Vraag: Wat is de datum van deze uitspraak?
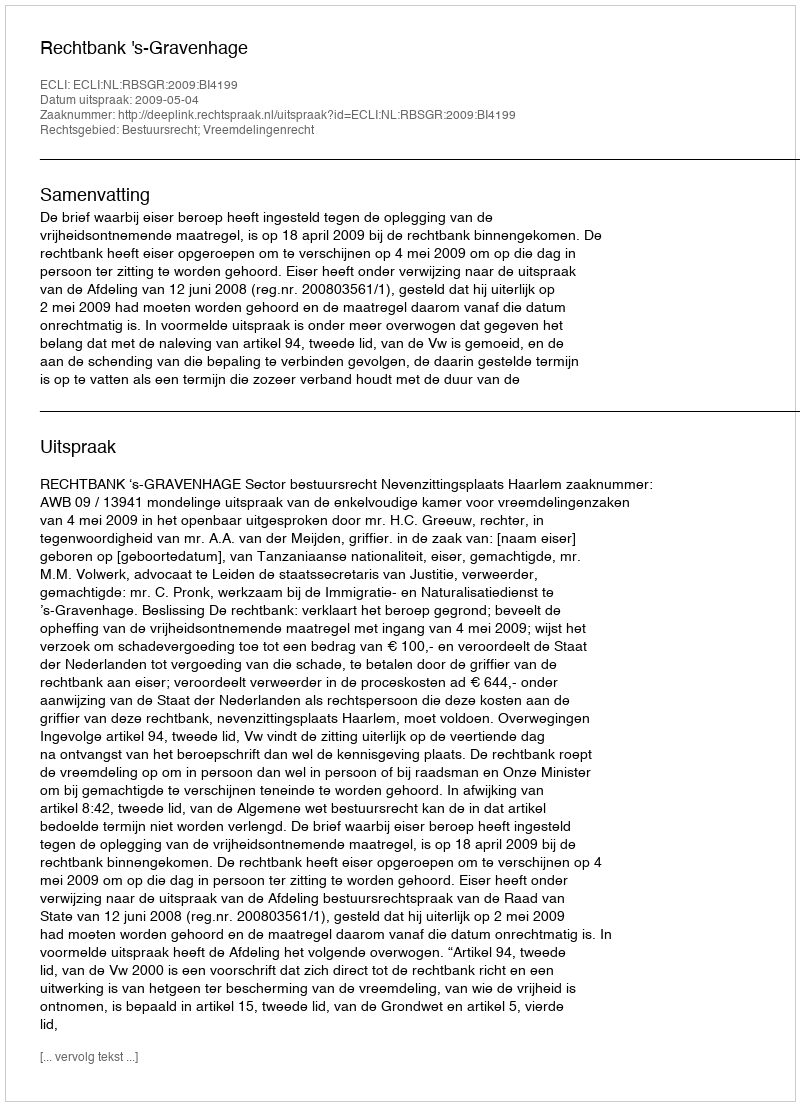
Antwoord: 2009-05-04